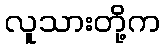
လူသားတို့က